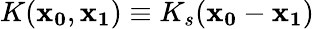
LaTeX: K(\mathbf{x_{0}},\mathbf{x_{1}})\equiv K_{s}(\mathbf{x_{0}}-\mathbf{x_{1}})